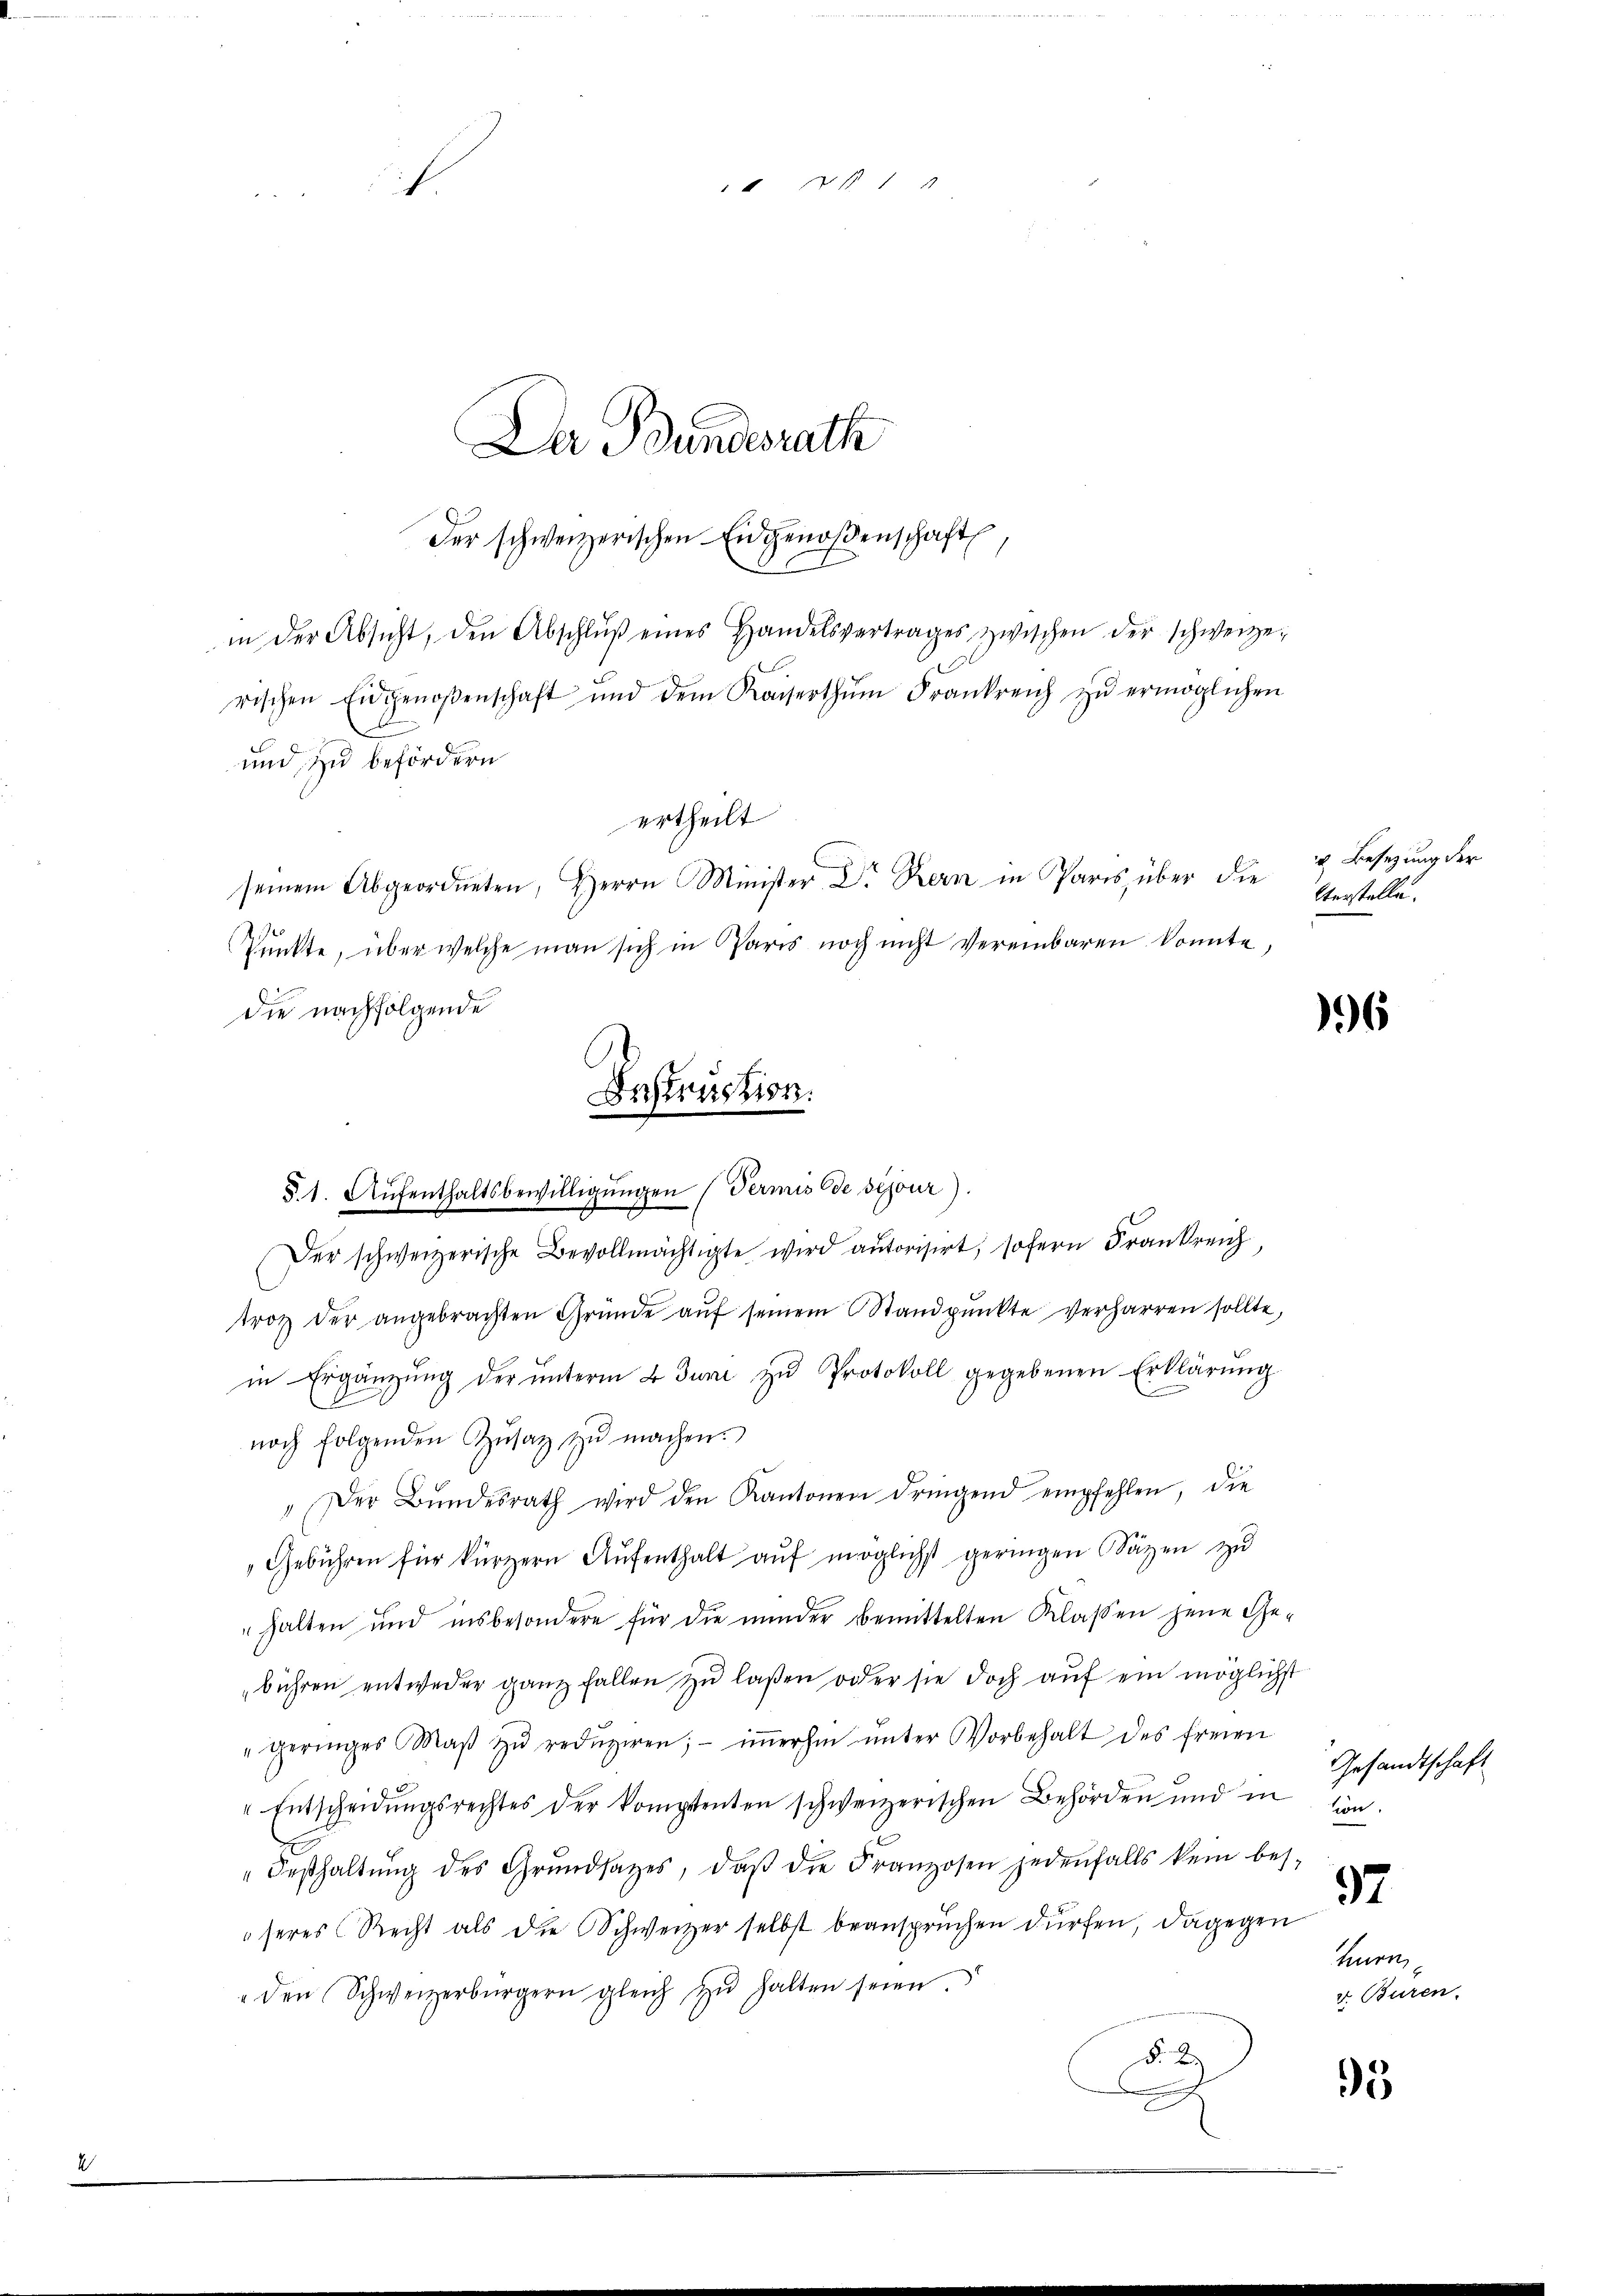
24 20 x 1 4
ihr
Da Bundesrath

in der Absicht, den Abschlŭβ eines Handelsvertrages zwischen der schweizerischen Eidgenoßenschaft und dem Kaiserthŭm Frankreich zŭ ermöglichen
.
und zu befördern
ertheilt
seinem Abgeordneten, Herrn Minister Dr. Kern in Paris über die & Besetzung der
Punkte, über welche man sich in Paris noch nicht vereinbaren konnte,
die nachfolgende
Instruction.

Der schweizerischen Eidgenoßenschaft

§. 1. Aŭfenthaltsbewilligŭngen Termis de séjour).

Der schweizerische Bevollmächtigte wird autorisirt, sofern Frankreich
trotz der angebrachten Gründe aŭf seinem Standpŭnkte verharren sollte,
in Ergänzŭng der ŭnterm 4. Juni zŭ Protokoll gegebenen Erklärŭng
noch folgenden Zŭsatz zŭ machen.
"Der Bŭndesrath wird den Kantonen dringend empfehlen, die
Gebühren für kürzern Aŭfenthalt aŭf möglichst geringen Säzen zu
halten und insbesondere für die minder bemittelten Klassen jene Ge-
bühren entweder ganz fallen zŭ laßen oder sie doch auf ein möglichst
"geringes Maβ zŭ redŭziren; iṁerhin ŭnter Vorbehalt des freien
Entscheidungsrechtes der komptenten schweizerischen Behörden und in
"Deshaltŭng des Grŭndsatzes, daβ die Franzosen jedenfalls kein bes-
seres Recht als die Schweizer selbst beansprüchen dürfen, dagegen
den Schweizerbürgern gleich zŭ halten seien.
§ 2
e

lterstelle.

96

Gesandtschaft
ton.

37

hurn,
v. Buren.

5